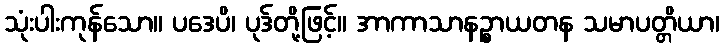
သုံးပါးကုန်သော။ ပဒေပိ၊ ပုဒ်တို့ဖြင့်။ အာကာသာနဉ္စာယတန သမာပတ္တိယာ၊